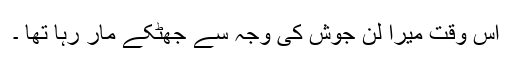
اس وقت میرا لن جوش کی وجہ سے جھٹکے مار رہا تھا ۔